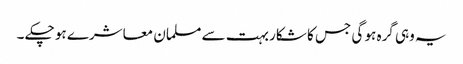
یہ وہی گرہ ہو گی جس کا شکار بہت سے مسلمان معاشرے ہو چکے ۔